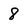
Character: 8